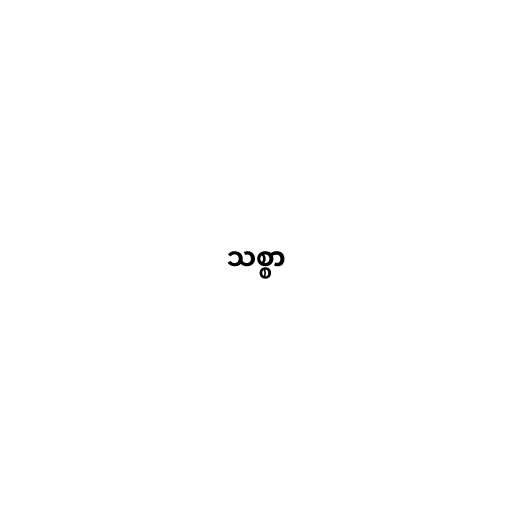
သစ္စာ